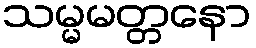
သမ္မမတ္တနော